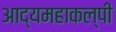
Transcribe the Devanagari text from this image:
आद्यमहाकल्पी